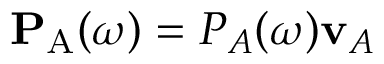
\mathbf { P } _ { \mathrm { A } } ( \omega ) = P _ { A } ( \omega ) \mathbf { v } _ { A }